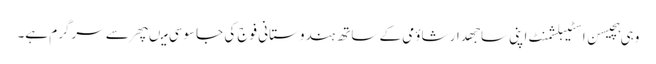
وہی ہچیسن اسٹیبلشمنٹ اپنی ساجھدار شاؤمی کے ساتھ ہندوستانی فوج کی جاسوسی میںپھر سے سرگرم ہے۔